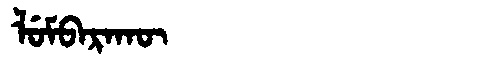
Manchu: ᠯᡠᠮᠪᠠᡵᠠᡴᡡ
Romanization: LUMBARAKŪ